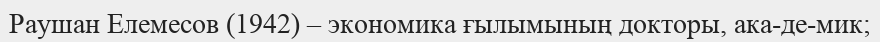
Раушан Елемесов (1942) – экономика ғылымының докторы, ака­де­мик;